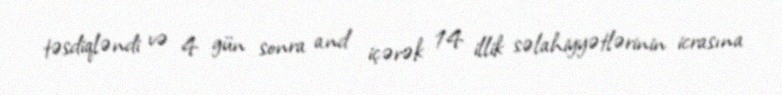
təsdiqləndi və 4 gün sonra and içərək 14 illik səlahiyyətlərinin icrasına